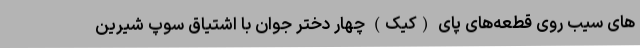
های سیب روی قطعه‌های پای (کیک) چهار دختر جوان با اشتیاق سوپ شیرین